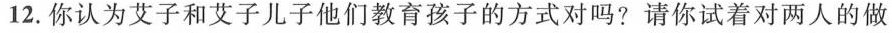
12.你认为艾子和艾子儿子他们教育孩子的方式对吗?请你试着对两人的做